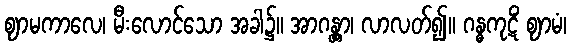
ဈာမကာလေ၊ မီးလောင်သော အခါ၌။ အာဂန္တွာ၊ လာလတ်၍။ ဂန္ဓကုဋိံ ဈာမံ၊